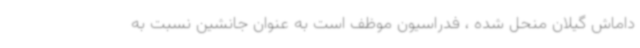
داماش گیلان منحل شده ، فدراسیون موظف است به عنوان جانشین نسبت به